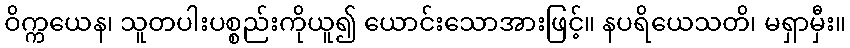
ဝိက္ကယေန၊ သူတပါးပစ္စည်းကိုယူ၍ ယောင်းသောအားဖြင့်။ နပရိယေသတိ၊ မရှာမှီး။